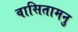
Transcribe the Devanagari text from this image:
वासितामनु